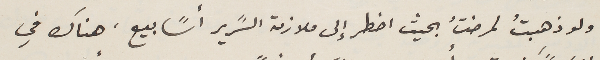
ولو ذهبتُ لمرضتُ بحيث اضطر إلى ملازمة السًرير أسًابيع، هناك في